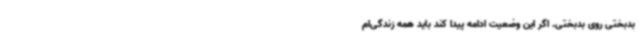
بدبختی روی بدبختی. اگر این وضعیت ادامه پیدا کند باید همه زندگی‌ام